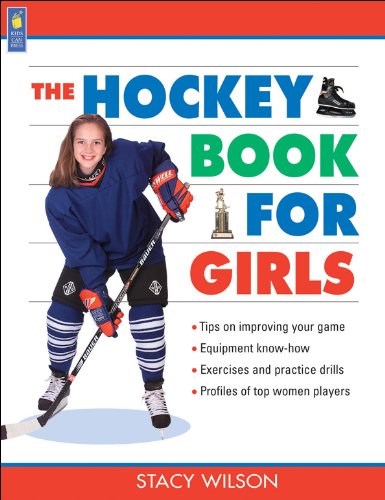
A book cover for The Hockey Book for Girls (Books for Girls); Stacy Wilson; Children's Books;